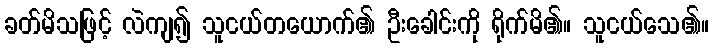
ခတ်မိသဖြင့် လဲကျ၍ သူငယ်တယောက်၏ ဦးခေါင်းကို ရိုက်မိ၏။ သူငယ်သေ၏။